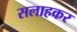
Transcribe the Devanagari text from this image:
सलाहकर